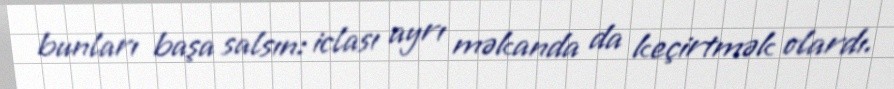
bunları başa salsın: iclası ayrı məkanda da keçirtmək olardı.